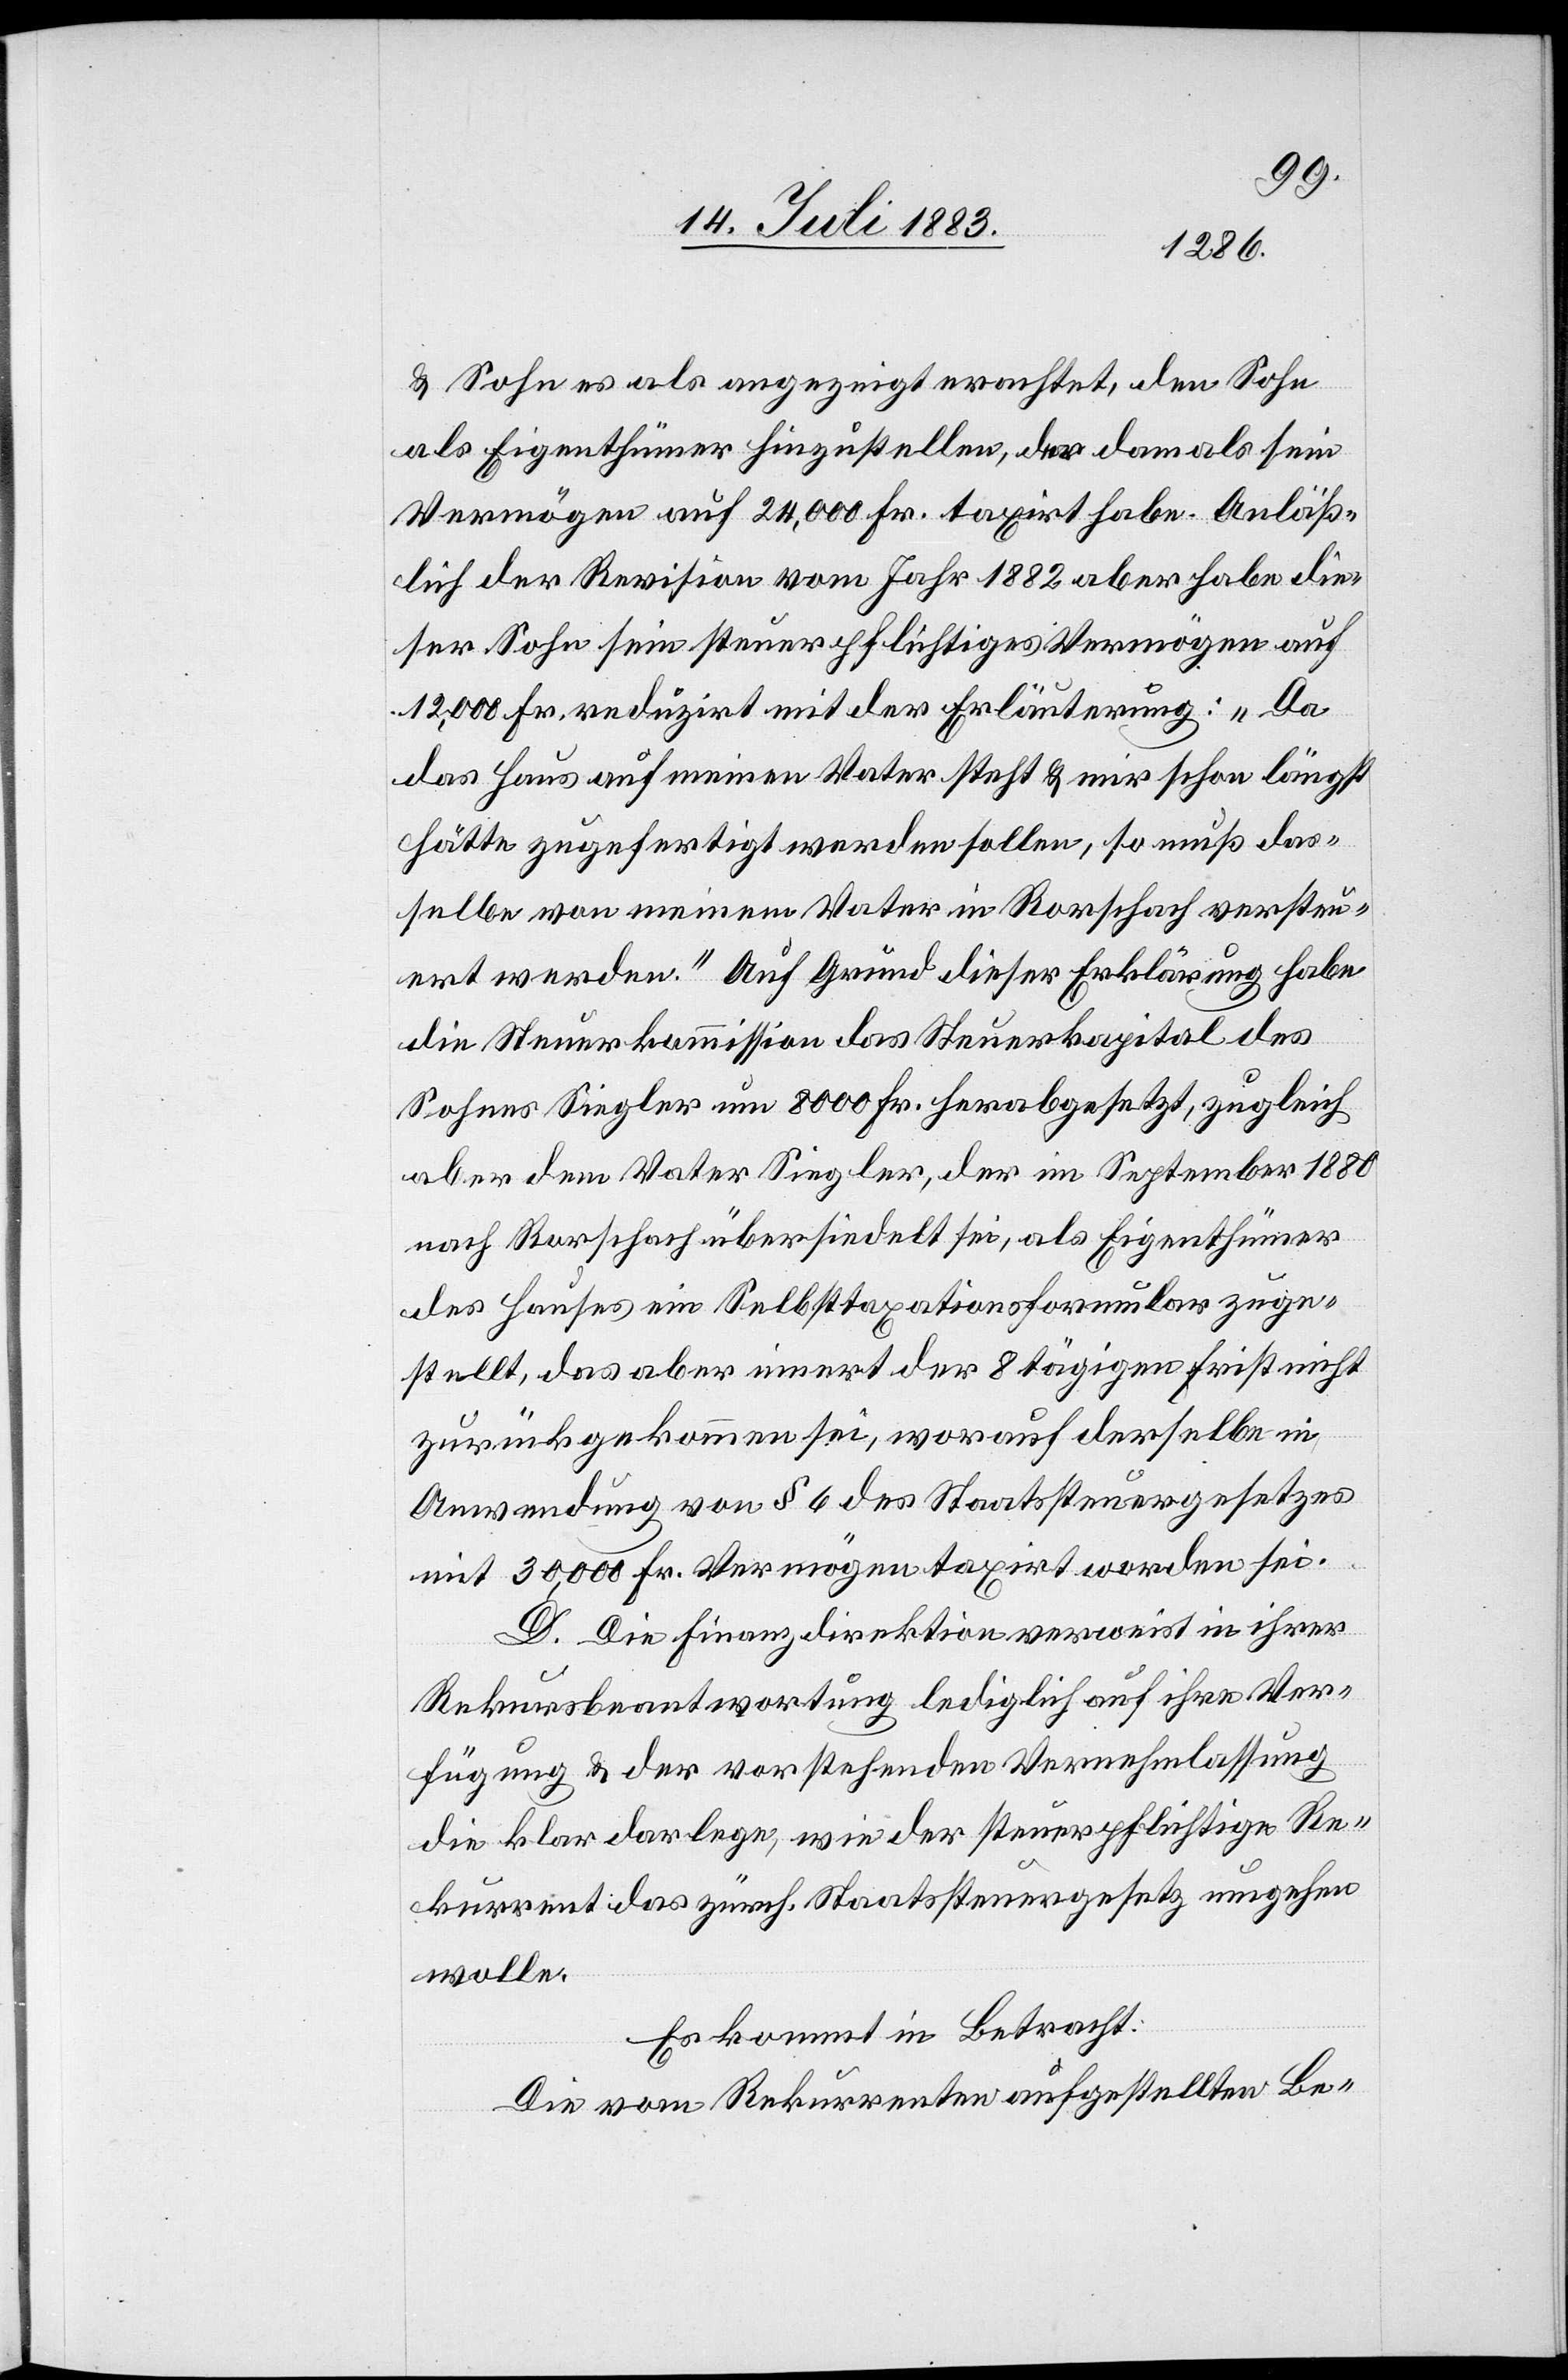
& Sohn als angezeigt erachtet, den Sohn
als Eigenthümer hinzustellen, der damals sein
Vermögen auf 24,000 Fr. taxirt habe. Anläß¬
lich der Revision vom Jahr 1882 aber habe die¬
ser Sohn sein steuerpflichtiges Vermögen auf
12,000 Fr. reduzirt mit der Erläuterung: „Da
das Haus auf meinen Vater steht & mir schon längst
hätte zugefertigt werden sollen, so muß das¬
selbe von meinem Vater in Rorschach versteu¬
ert werden.“ Auf Grund dieser Erklärung habe
die Steuerkommission das Steuerkapital des
Sohnes Siegler um 8000 Fr. herabgesetzt, zugleich
aber dem Vater Siegler, der im September 1880
nach Rorschach übersiedelt sei, als Eigenthümer
des Hauses ein Selbsttaxationsformular zuge¬
stellt, das aber innert der 8 tägigen Frist nicht
zurückgekommen sei, worauf derselbe in
Anwendung von § 6 des Staatssteuergesetzes
mit 30,000 Fr. Vermögen taxirt worden sei.
D. Die Finanzdirektion verweist in ihrer
Rekursbeantwortung lediglich auf ihre Ver¬
fügung & der vorstehenden Vernehmlassung
die klar darlege, wie der steuerpflichtige Re¬
kurrent das zürch. Staatssteuergesetz umgehen
wolle.
Es kommt in Betracht:
Die vom Rekurrenten aufgestellten Be-